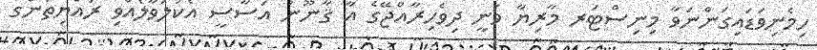
ހިމެނިވަޑައިގަންނަވާ މިނިސްޓަރ މާރިޔާ ވަނީ ދިވެހިރާއްޖޭގެ އާ ޤާނޫނު އަސާސީ އެކުލަވާލެއްވި ރައްޔިތުންގެ